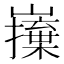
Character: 𭗦